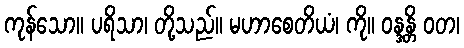
ကုန်သော။ ပရိသာ၊ တို့သည်။ မဟာစေတိယံ၊ ကို။ ဝန္ဒန္တိ ဝတ၊